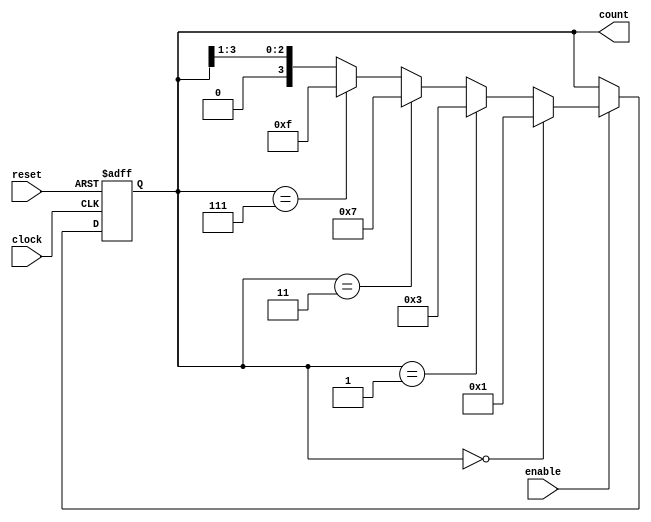
module johnson_counter (
    input wire clock,
    input wire reset,
    input wire enable,
    output reg [3:0] count
);

always @(posedge clock or posedge reset) begin
    if (reset) begin
        count <= 4'b0000;
    end else if (enable) begin
        if (count == 4'b0000) begin
            count <= 4'b0001;
        end else if (count == 4'b0001) begin
            count <= 4'b0011;
        end else if (count == 4'b0011) begin
            count <= 4'b0111;
        end else if (count == 4'b0111) begin
            count <= 4'b1111;
        end else begin
            count <= count >> 1;
        end
    end
end

endmodule